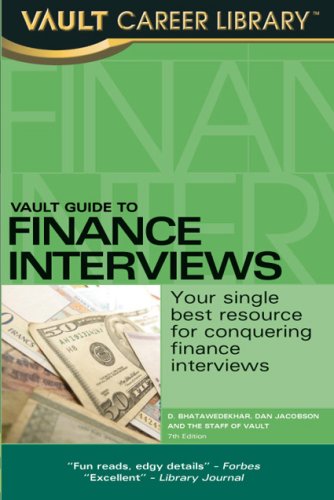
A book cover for Vault Guide to Finance Interviews, 7th Edition; D. Bhatawedekhar; Reference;